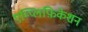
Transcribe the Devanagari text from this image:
एम्प्लिफ़िकेशन